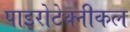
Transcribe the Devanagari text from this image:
पाइरोटेक्नीकल